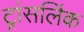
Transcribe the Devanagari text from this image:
ट्रांसलिंक